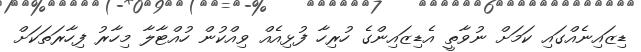
ޑިޒައިނެއްގައި ކަމަށް ނުވާތީ އެޑިޒައިންގެ ހުރިހާ ފުޅިއެއް ވިއްކުން ހުއްޓާލާ މިހާރު ފިހާރަތަކަށް